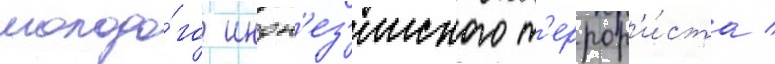
молодо́го индон'ез'ииского т'еррор'и́ста /